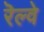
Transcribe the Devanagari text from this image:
रॆल्वे